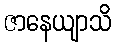
ဇာနေယျာသိ